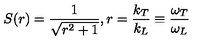
S ( r ) = \frac { 1 } { \sqrt { r ^ { 2 } + 1 } } , r = \frac { k _ { T } } { k _ { L } } \equiv \frac { \omega _ { T } } { \omega _ { L } }